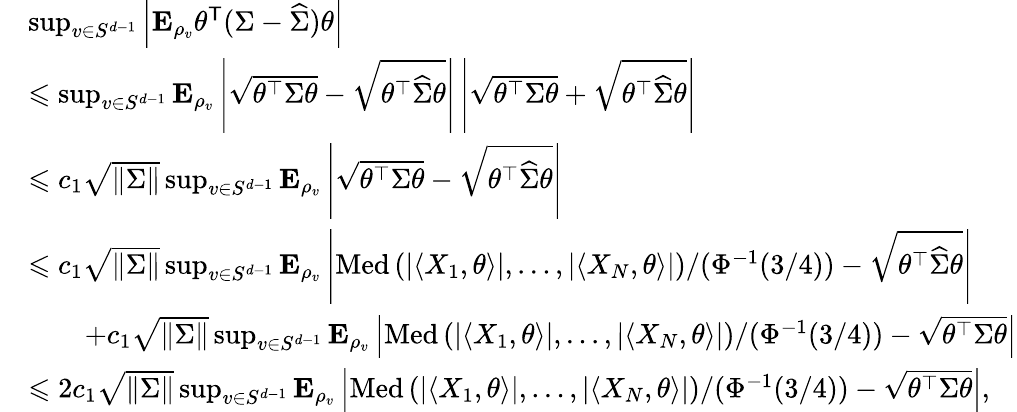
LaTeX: \begin{array}{rl}&{\operatorname*{sup}_{v\in S^{d-1}}\left|{\mathbf E}_{\rho_{v}}\theta^{\mathsf{T}}({\Sigma}-\widehat{\Sigma})\theta\right|}\\ &{\leqslant\operatorname*{sup}_{v\in S^{d-1}}{\mathbf E}_{\rho_{v}}\left|\sqrt{\theta^{\top}{\Sigma}\theta}-\sqrt{\theta^{\top}\widehat{\Sigma}\theta}\right|\left|\sqrt{\theta^{\top}{\Sigma}\theta}+\sqrt{\theta^{\top}\widehat{\Sigma}\theta}\right|}\\ &{\leqslant c_{1}\sqrt{\| \Sigma\| }\operatorname*{sup}_{v\in S^{d-1}}{\mathbf E}_{\rho_{v}}\left|\sqrt{\theta^{\top}{\Sigma}\theta}-\sqrt{\theta^{\top}\widehat{\Sigma}\theta}\right|}\\ &{\leqslant c_{1}\sqrt{\| \Sigma\| }\operatorname*{sup}_{v\in S^{d-1}}{\mathbf E}_{\rho_{v}}\left|\operatorname{Med}\left(|\langle X_{1},\theta\rangle|,\ldots,|\langle X_{N},\theta\rangle|\right)/(\Phi^{-1}(3/4))-\sqrt{\theta^{\top}\widehat{\Sigma}\theta}\right|}\\ &{\qquad+c_{1}\sqrt{\| \Sigma\| }\operatorname*{sup}_{v\in S^{d-1}}{\mathbf E}_{\rho_{v}}\left|\operatorname{Med}\left(|\langle X_{1},\theta\rangle|,\ldots,|\langle X_{N},\theta\rangle|\right)/(\Phi^{-1}(3/4))-\sqrt{\theta^{\top}\Sigma\theta}\right|}\\ &{\leqslant 2c_{1}\sqrt{\| \Sigma\| }\operatorname*{sup}_{v\in S^{d-1}}{\mathbf E}_{\rho_{v}}\left|\operatorname{Med}\left(|\langle X_{1},\theta\rangle|,\ldots,|\langle X_{N},\theta\rangle|\right)/(\Phi^{-1}(3/4))-\sqrt{\theta^{\top}\Sigma\theta}\right|,}\end{array}